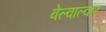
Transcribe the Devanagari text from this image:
वेल्वाल्कर